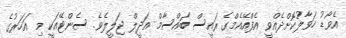
އެވޯޑު ހަވާލުކޮށްދެއްވީ އެފްއޭއެމްގެ ރައީސް ބައްސާމް އަދީލް ޖަލީލެވެ. ސެންޓޭއަކީ މި އަހަރުގެ